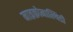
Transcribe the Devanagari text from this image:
माइक्रोमाल्थिडी